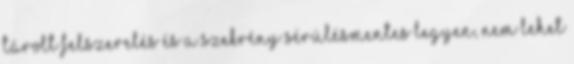
tárolt felszerelés és a szekrény sérülésmentes legyen, nem lehet